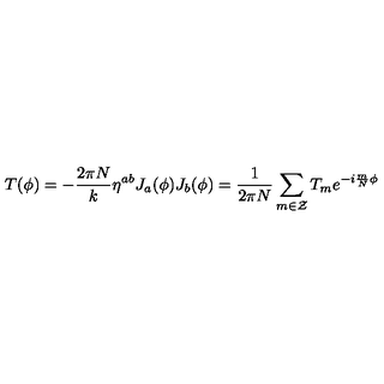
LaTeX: T ( \phi ) = - \frac { 2 \pi N } { k } \eta ^ { a b } J _ { a } ( \phi ) J _ { b } ( \phi ) = \frac { 1 } { 2 \pi N } \sum _ { m \in \cal { Z } } T _ { m } e ^ { - i \frac { m } { N } \phi }